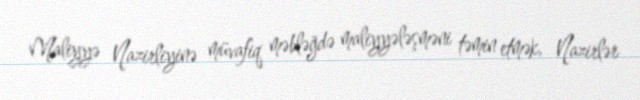
Maliyyə Nazirliyinə müvafiq məbləğdə maliyyələşməni təmin etmək, Nazirlər